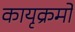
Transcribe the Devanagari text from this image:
कायृक्रमों